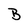
Character: B